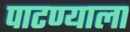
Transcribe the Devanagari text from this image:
पाटण्याला